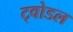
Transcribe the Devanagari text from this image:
ट्वोडल